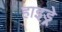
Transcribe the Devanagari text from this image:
हाइड्रे